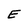
Character: E